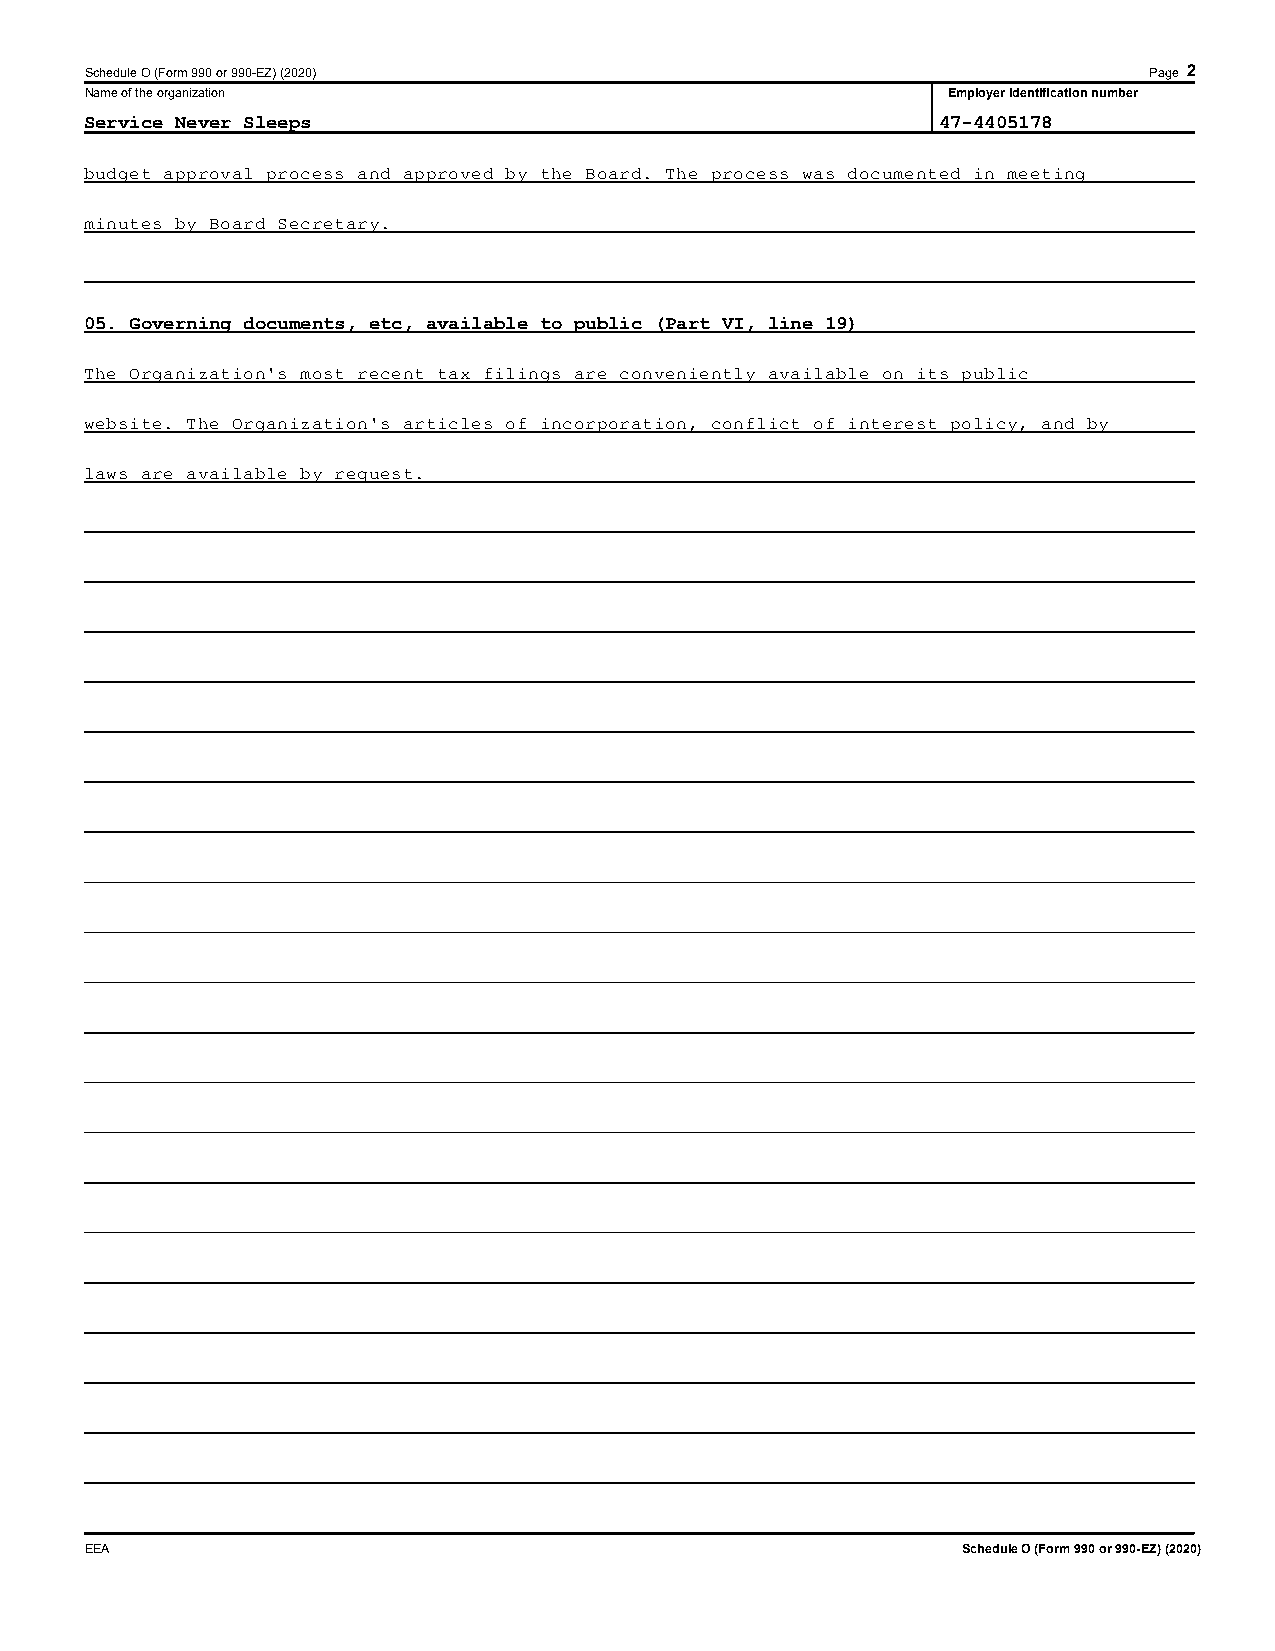
Schedule O (Form 990 or 990-EZ) (2020)                                Page 2
 Name of the organization                                 Employer identification number
 Service Never Sleeps                                    47-4405178
 budget approval process and approved by the Board. The process was documented in meeting
 minutes by Board Secretary.
 05. Governing documents, etc, available to public (Part VI, line 19)
 The Organization's most recent tax filings are conveniently available on its public
 website. The Organization's articles of incorporation, conflict of interest policy, and by
 laws are available by request.
 EEA                                                       Schedule O (Form 990 or 990-EZ) (2020)